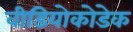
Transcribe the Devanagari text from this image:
वीडियोकोडेक